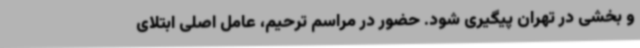
و بخشی در تهران پیگیری شود. حضور در مراسم ترحیم، عامل اصلی ابتلای